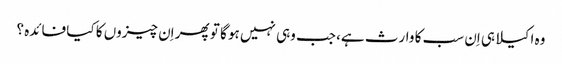
وہ اکیلا ہی اِن سب کا وارث ہے، جب وہی نہیں ہو گا تو پھر اِن چیزوں کا کیا فائدہ ؟